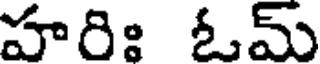
హరిః ఓమ్